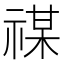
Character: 禖